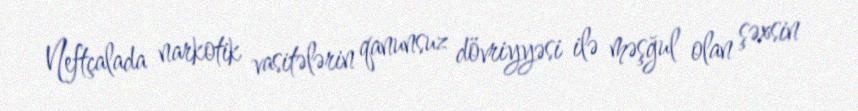
Neftçalada narkotik vasitələrin qanunsuz dövriyyəsi ilə məşğul olan şəxsin